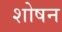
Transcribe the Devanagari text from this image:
शोषन